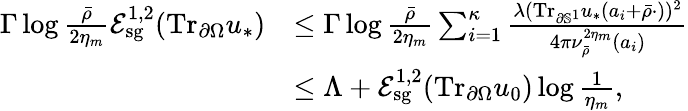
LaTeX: \begin{array}{rl}{\Gamma\log\frac{\bar{\rho}}{2\eta_{m}}\mathcal E_{\mathrm{sg}}^{1,2}(\mathrm{Tr}_{\partial\Omega}u_{*})}&{\leq\Gamma\log\frac{\bar{\rho}}{2\eta_{m}}\sum_{i=1}^{\kappa}\frac{\lambda(\mathrm{Tr}_{\partial\mathbb{S}^{1}}u_{*}(a_{i}+\bar{\rho}\cdot))^{2}}{4\pi\nu_{\bar{\rho}}^{2\eta_{m}}(a_{i})}}\\ &{\leq\Lambda+\mathcal E_{\mathrm{sg}}^{1,2}(\mathrm{Tr}_{\partial\Omega}u_{0})\log\frac{1}{\eta_{m}},}\end{array}